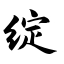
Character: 绽